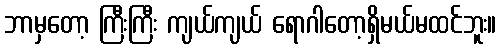
ဘာမှတော့ ကြီးကြီး ကျယ်ကျယ် ရောဂါတော့ရှိမယ်မထင်ဘူး။